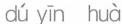
dú yīn huà